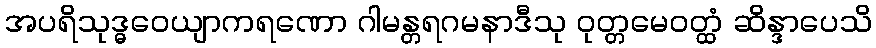
အပရိသုဒ္ဓဝေယျာကရဏော ဂါမန္တရဂမနာဒီသု ဝုတ္တမေဝတ္ထံ ဆိန္ဒာပေသိ